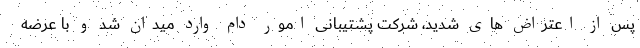
پس از اعتراض های شدید، شرکت پشتیبانی امور دام وارد میدان شد و با عرضه